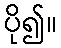
ပို၍။